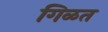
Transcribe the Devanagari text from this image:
गिळत